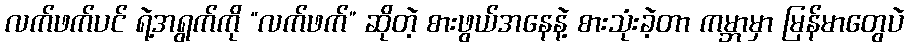
လက်ဖက်ပင် ရဲ့အရွက်ကို “လက်ဖက်” ဆိုတဲ့ စားဖွယ်အနေနဲ့ စားသုံးခဲ့တာ ကမ္ဘာမှာ မြန်မာတွေပဲ